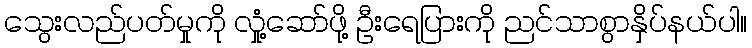
သွေးလည်ပတ်မှုကို လှုံ့ဆော်ဖို့ ဦးရေပြားကို ညင်သာစွာနှိပ်နယ်ပါ။